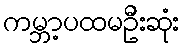
ကမ္ဘာ့ပထမဦးဆုံး